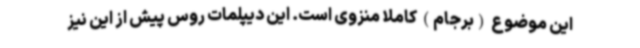
این موضوع (برجام) کاملا منزوی است. این دیپلمات روس پیش از این نیز